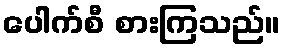
ပေါက်စီ စားကြသည်။